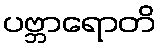
ပဗ္ဘာရောတိ